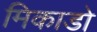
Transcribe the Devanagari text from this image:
मिकाडो